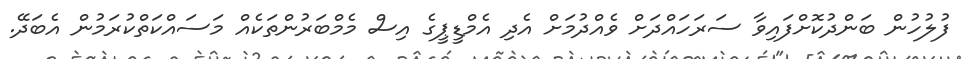
ފުލުހުން ބަންދުކޮށްފައިވާ ސަރަހައްދަށް ވެއްދުމަށް އެދި އެމްޑީޕީގެ އިސް މެމްބަރުންތަކެއް މަސައްކަތްކުރަމުން އެބަދޭ.